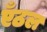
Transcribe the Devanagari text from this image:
एँठल